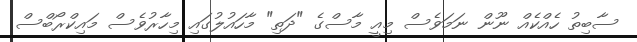
ސާބިތު ހެއްކެއް ނޫން ނަމަވެސް މިއީ މާސްގެ "ދަތި" މާހައުލުގައި މިހާރުވެސް މައިކްރޯބްސް